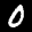
Label: 0